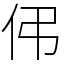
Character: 伄